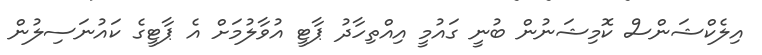
އިލެކްޝަންސް ކޮމިޝަނުން ބުނީ ގައުމީ އިއްތިހާދު ޕާޓީ އުވާލުމަށް އެ ޕާޓީގެ ކައުނަސިލުން